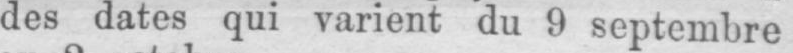
des dates qui varient du 9 septembre